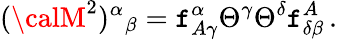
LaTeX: ({\calM}^{2})^{\alpha}{}_{\beta}=\mathtt{f}_{A\gamma}^{\alpha}\Theta^{\gamma}\Theta^{\delta}\mathtt{f}_{\delta\beta}^{A}\, .